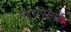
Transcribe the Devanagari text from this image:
शहरापेक्षाही